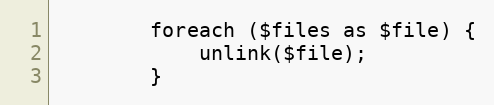
Language: PHP
        foreach ($files as $file) {
            unlink($file);
        }